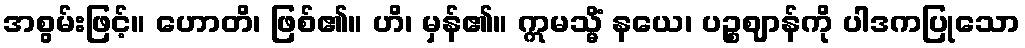
အစွမ်းဖြင့်။ ဟောတိ၊ ဖြစ်၏။ ဟိ၊ မှန်၏။ ဣမသ္မိံ နယေ၊ ပဉ္စဈာန်ကို ပါဒကပြုသော